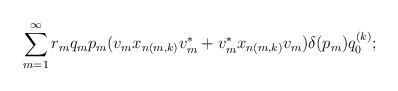
LaTeX: \begin{align*}\sum_{m=1}^\infty r_mq_mp_m(v_mx_{n(m,k)}v_m^*+v_m^*x_{n(m,k)}v_m)\delta(p_m)q_0^{(k)}; \end{align*}